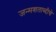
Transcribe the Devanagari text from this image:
जन्मशताब्दीचे